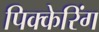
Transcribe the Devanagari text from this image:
पिक्केरिंग